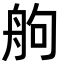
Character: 䑦